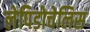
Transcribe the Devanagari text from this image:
लेपिडोचेलिस